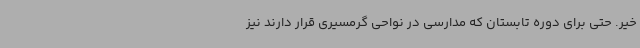
خیر. حتی برای دوره تابستان که مدارسی در نواحی گرمسیری قرار دارند نیز